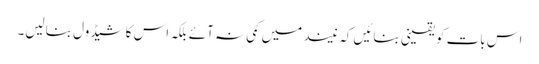
اس بات کو یقینی بنائیں کہ نیند میں کمی نہ آئے بلکہ اس کا شیڈول بنالیں۔